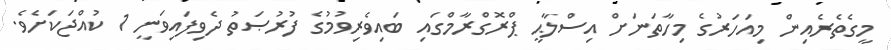
މީގެތެރެއިން މިއަހަރުގެ މިހާތަނަށް އިސްލާޙީ ޕްރޮގްރާމްގައި ބައިވެރިވުމުގެ ފުރުޞަތު ދެވިފައިވަނީ 1 ކުއްޖަކަށެވެ.